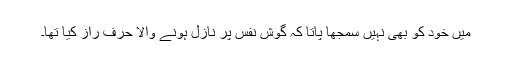
میں خود کو بھی نہیں سمجھا پاتا کہ گوشِ نفس پر نازل ہونے والا حرفِ راز کیا تھا۔